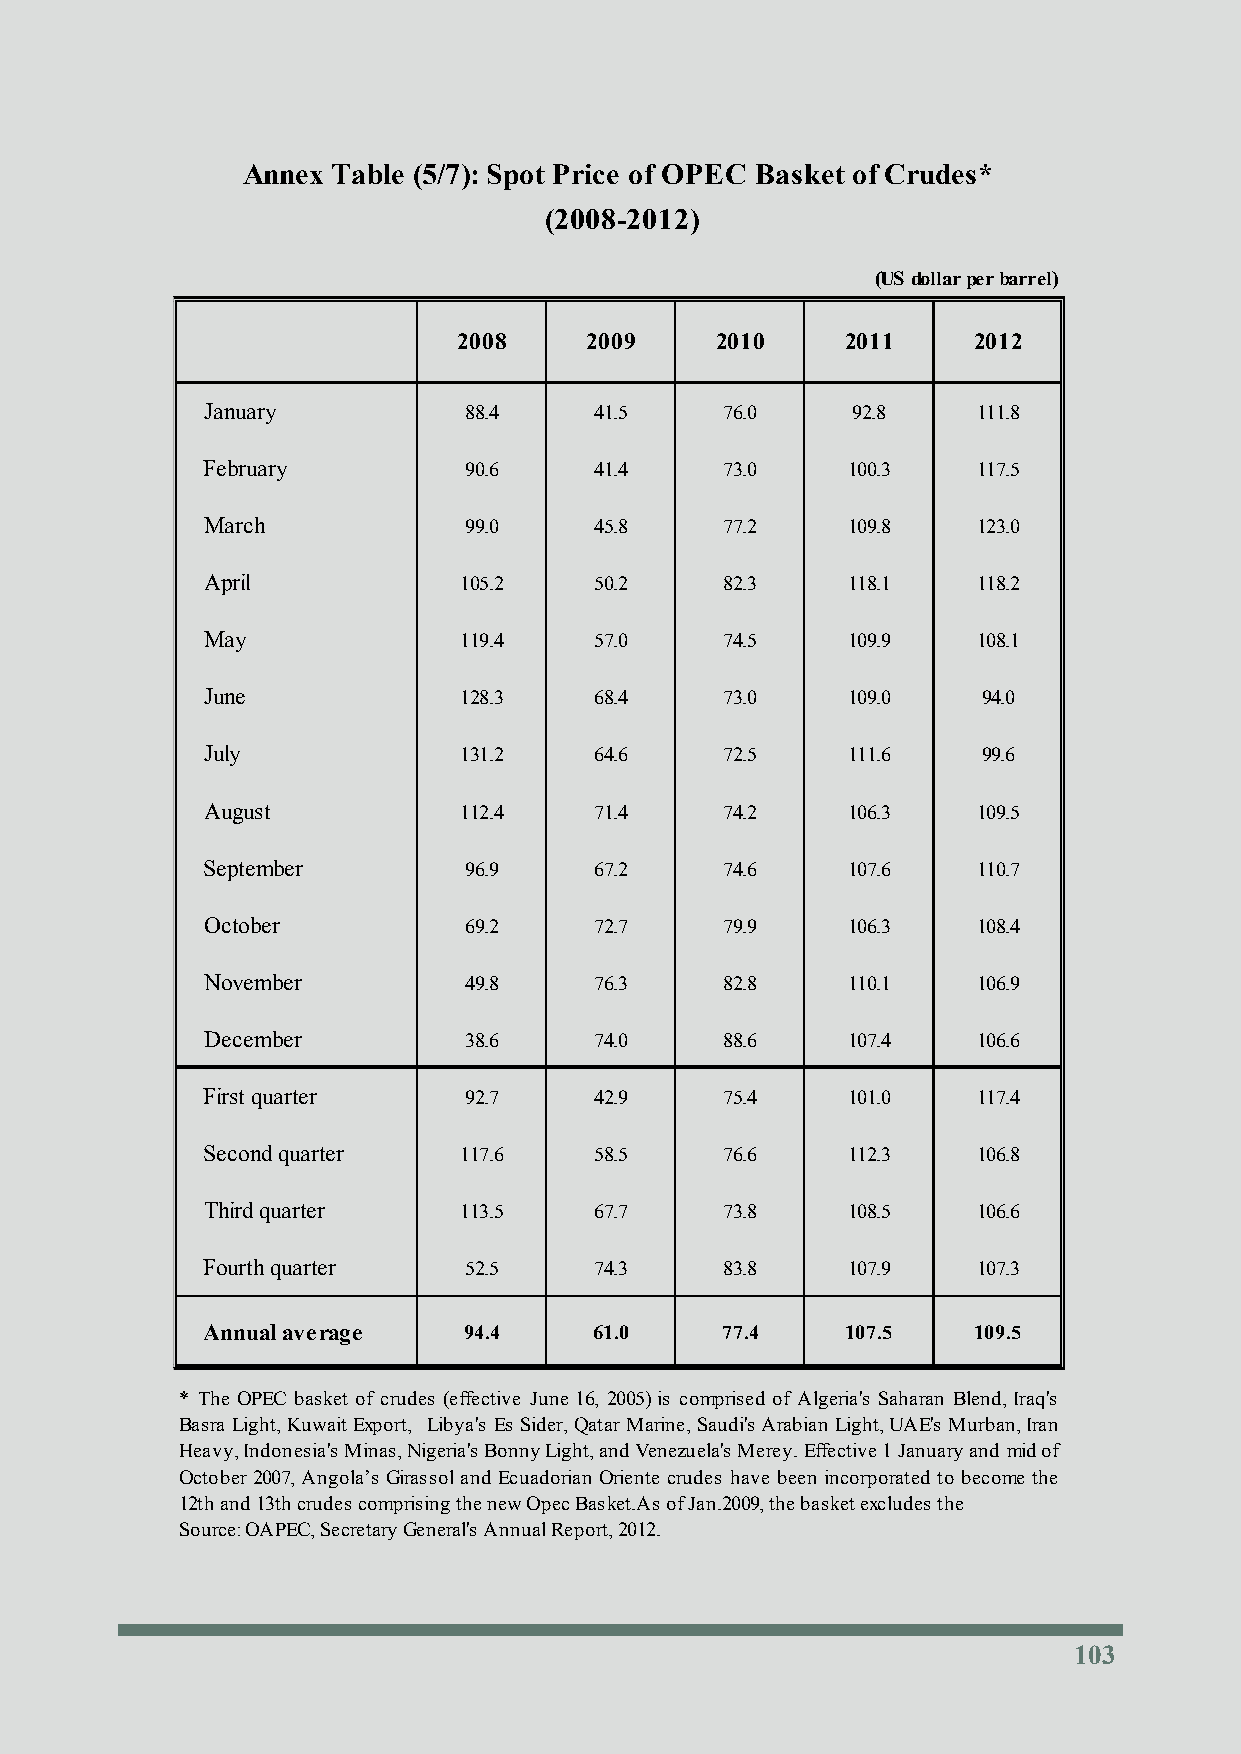
Annex Table (5/7): Spot Price of OPEC Basket of Crudes*
 (2008-2012)
 (US dollar per barrel)
 2008     2009    2010     2011    2012
 January           88.4    41.5     76.0    92.8     111.8
 February          90.6    41.4     73.0    100.3    117.5
 March             99.0    45.8     77.2    109.8    123.0
 April            105.2    50.2     82.3    118.1    118.2
 May              119.4    57.0     74.5    109.9    108.1
 June             128.3    68.4     73.0    109.0    94.0
 July             131.2    64.6     72.5    111.6    99.6
 August           112.4    71.4     74.2    106.3    109.5
 September         96.9    67.2     74.6    107.6    110.7
 October           69.2    72.7     79.9    106.3    108.4
 November          49.8    76.3     82.8    110.1    106.9
 December          38.6    74.0     88.6    107.4    106.6
 First quarter     92.7    42.9     75.4    101.0    117.4
 Second quarter   117.6    58.5     76.6    112.3    106.8
 Third quarter    113.5    67.7     73.8    108.5    106.6
 Fourth quarter    52.5    74.3     83.8    107.9    107.3
 Annual average    94.4    61.0     77.4    107.5   109.5
 * The OPEC basket of crudes (effective June 16, 2005)is comprised of Algeria's Saharan Blend,Iraq's
 Basra Light,Kuwait Export, Libya's Es Sider,QatarMarine,Saudi'sArabian Light,UAE's Murban,Iran
 Heavy,Indonesia'sMinas,Nigeria'sBonnyLight,andVenezuela's Merey.Effective1Januaryand midof
 October2007,Angola’s Girassoland Ecuadorian Oriente crudes have been incorporated to become the
 12th and 13th crudes comprising the new Opec Basket.As of Jan.2009, the basket excludes the
 Source: OAPEC, Secretary General's Annual Report, 2012.
 103
 103